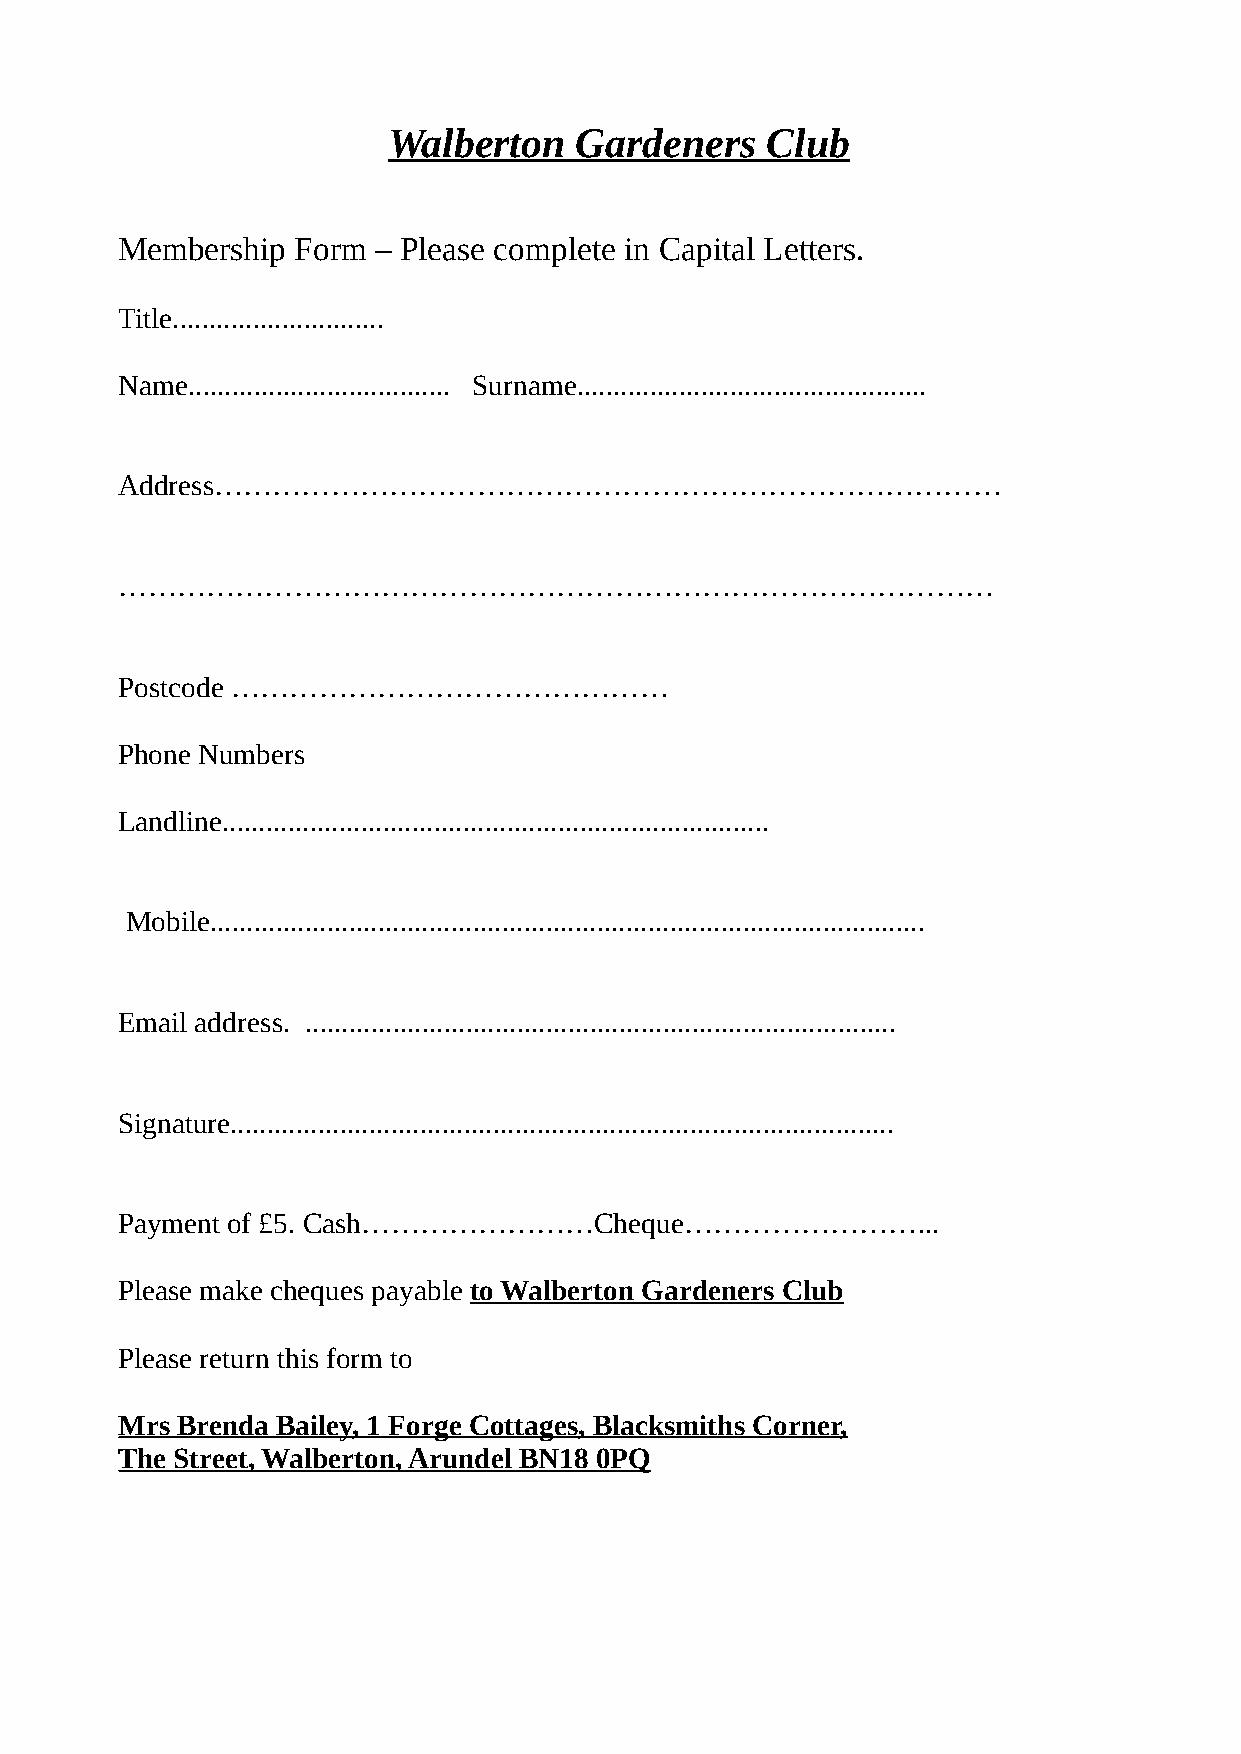
Walberton   Gardeners    Club
 Membership  Form – Please complete in Capital Letters.
 Title.............................
 Name.................................... Surname................................................
 Address………………………………………………………………………
 ………………………………………………………………………………
 Postcode ………………………………………
 Phone Numbers
 Landline...........................................................................
 Mobile..................................................................................................
 Email address. .................................................................................
 Signature...........................................................................................
 Payment of £5. Cash……………………Cheque……………………...
 Please make cheques payable to Walberton Gardeners Club
 Please return this form to
 Mrs Brenda Bailey, 1 Forge Cottages, Blacksmiths Corner,
 The Street, Walberton, Arundel BN18 0PQ